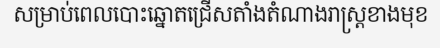
សម្រាប់ពេលបោះឆ្នោតជ្រើសតាំងតំណាងរាស្ត្រខាងមុខ